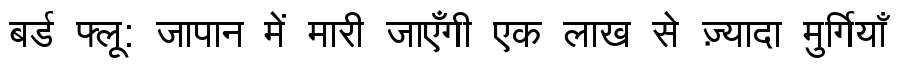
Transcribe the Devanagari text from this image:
बर्ड फ्लू: जापान में मारी जाएँगी एक लाख से ज़्यादा मुर्गियाँ